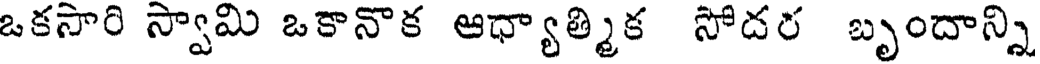
ఒకసారి స్వామి ఒకానొక ఆధ్యాత్మిక సోదర బృందాన్ని